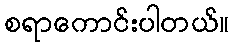
စရာကောင်းပါတယ်။